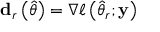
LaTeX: \mathbf { d } _ { r } \left( { \widehat { \theta } } \right) = \nabla \ell \left( { \widehat { \theta } } _ { r } ; \mathbf { y } \right)